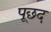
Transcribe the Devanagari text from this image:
पूछद